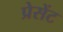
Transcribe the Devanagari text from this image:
प्रेसेंट